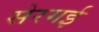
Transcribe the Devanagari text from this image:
सेरगई